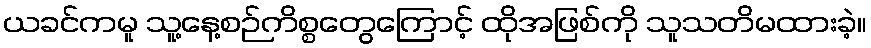
ယခင်ကမူ သူ့နေ့စဉ်ကိစ္စတွေကြောင့် ထိုအဖြစ်ကို သူသတိမထားခဲ့။